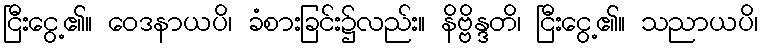
ငြီးငွေ့၏။ ဝေဒနာယပိ၊ ခံစားခြင်း၌လည်း။ နိဗ္ဗိန္ဒတိ၊ ငြီးငွေ့၏။ သညာယပိ၊